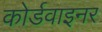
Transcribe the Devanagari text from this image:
कोर्डवाइनर